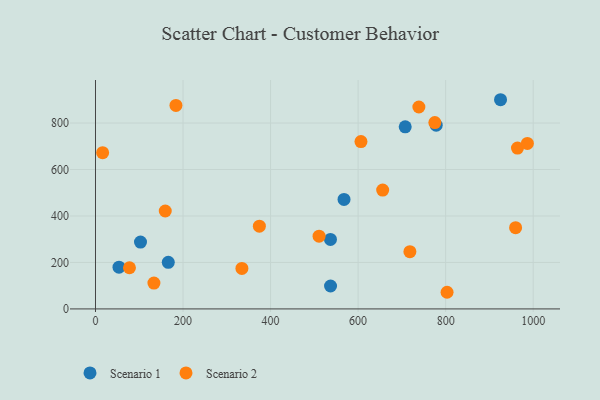
{"axis": {"x": "Study Hours", "y": "Sales"}, "legend": ["Scenario 1", "Scenario 2"], "data": [{"x": "53.7", "y": 179.8, "type": "Scenario 1"}, {"x": "166.3", "y": 200.7, "type": "Scenario 1"}, {"x": "778.4", "y": 790.7, "type": "Scenario 1"}, {"x": "102.8", "y": 287.5, "type": "Scenario 1"}, {"x": "925.4", "y": 900.3, "type": "Scenario 1"}, {"x": "567.8", "y": 471.4, "type": "Scenario 1"}, {"x": "536.8", "y": 299.2, "type": "Scenario 1"}, {"x": "707.6", "y": 783.7, "type": "Scenario 1"}, {"x": "537.0", "y": 98.6, "type": "Scenario 1"}, {"x": "803.2", "y": 71.6, "type": "Scenario 2"}, {"x": "334.5", "y": 174.1, "type": "Scenario 2"}, {"x": "77.6", "y": 177.2, "type": "Scenario 2"}, {"x": "959.8", "y": 349.7, "type": "Scenario 2"}, {"x": "16.3", "y": 672.2, "type": "Scenario 2"}, {"x": "510.8", "y": 312.9, "type": "Scenario 2"}, {"x": "159.4", "y": 421.5, "type": "Scenario 2"}, {"x": "606.5", "y": 720.2, "type": "Scenario 2"}, {"x": "738.8", "y": 869.0, "type": "Scenario 2"}, {"x": "964.1", "y": 692.1, "type": "Scenario 2"}, {"x": "374.4", "y": 355.9, "type": "Scenario 2"}, {"x": "718.3", "y": 246.3, "type": "Scenario 2"}, {"x": "133.5", "y": 111.0, "type": "Scenario 2"}, {"x": "775.3", "y": 801.8, "type": "Scenario 2"}, {"x": "986.7", "y": 712.4, "type": "Scenario 2"}, {"x": "656.1", "y": 511.4, "type": "Scenario 2"}, {"x": "183.8", "y": 875.7, "type": "Scenario 2"}]}